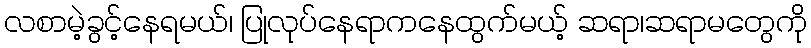
လစာမဲ့ခွင့်နေရမယ်၊ ပြုလုပ်နေရာကနေထွက်မယ့် ဆရာ၊ဆရာမတွေကို